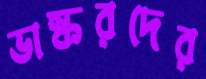
ভাস্করদের